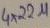
Text: 4X22µ